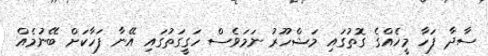
ސާދާ ފަހާ މީހެއްގެ ގޮތުގައި މަޝްހޫރު ނަމަވެސް ހަގީގަތުގައި އޭނާ ފަހާކަށް ބޭނުމެއް